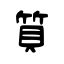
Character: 質